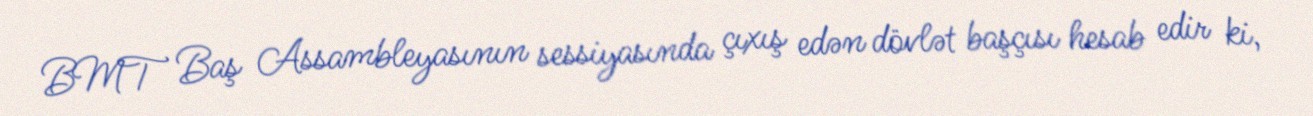
BMT Baş Assambleyasının sessiyasında çıxış edən dövlət başçısı hesab edir ki,